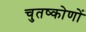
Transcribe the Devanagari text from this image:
चुतष्कोणों